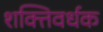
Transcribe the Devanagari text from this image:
शक्‍तिवर्धक